Vital statistics of India. Vol. VI, European troops 1870-79
Year: 1870
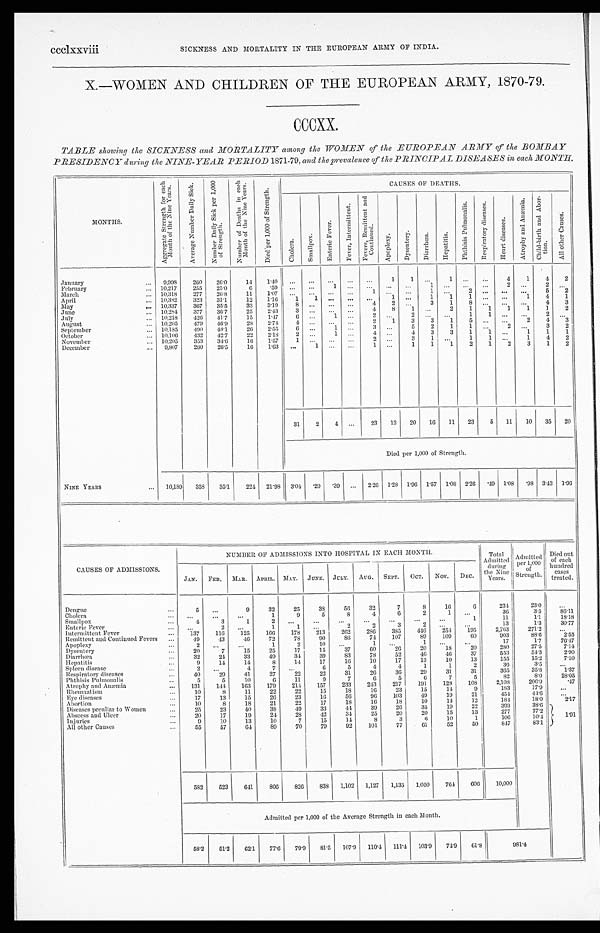
ccclxxviii
SICKNESS AND MORTALITY IN THE EUROPEAN ARMY OF INDIA.
X.—WOMEN AND CHILDREN OF THE EUROPEAN ARMY, 1870-79.
CCCXX.
TABLE showing the SICKNESS and MORTALITY among the WOMEN of the EUROPEAN ARMY of the BOMBAY
PRESIDENCY during the NINE-YEAR PERIOD 1871-79, and the prevalence of the PRINCIPAL DISEASES in each MONTH.
MONTHS.
A g g r e g a t e S t r e n g t h f o r e a c h
M o n t h o f t h e N i n e Y e a r s .
A v e r a g e N u m b e r D a i l y S i c k .
N u m b e r D a i l y S i c k p e r 1 , 0 0 0
o f S t r e n g t h .
N u m b e r o f D e a t h s i n e a c h
M o n t h o f t h e N i n e Y e a r s .
D i e d p e r 1 , 0 0 0 o f S t r e n g t h .
CAUSES OF DEATHS.
C h o l e r a .
S m a l l p o x .
E n t e r i c F e v e r .
F e v e r , I n t e r m i t t e n t .
F e v e r s , R e m i t t e n t a n d
C o n t i n u e d .
A p o p l e x y .
D y s e n t e r y .
D i a r r h œ a .
H e p a t i t i s .
P h t h i s i s P u l m o n a l i s . R e s p i r a t o r y d i s e a s e s .
H e a r t d i s e a s e s .
A t r o p h y a n d A n æ m i a .
C h i l d - b i r t h a n d A b o r -
t i o n .
A l l o t h e r C a u s e s .
January
... 9,998 260
26.0
1 4
1 . 4 0
. . .
. . .
. . . . . . . . .
1
1
. . . 1
. . .
. . .
4
1
4
2
February
... 10,217
255
25.0
6
. 5 9
. . .
. . .
1 . . . . . .
...
. . . 1 ...
. . .
. . .
2
. . . 2 ...
March
... 10,318 277
26.8
11
1.07 ...
. . .
. . .
...
1 ... ...
1
. . .
2
. . .
. . .
. . . 5
2
April
... 10,382
323
31.1
12
1.16
1
1
. . . . . . ...
1 . . .
1
1
1
. . .
. . . 1
4
1
May
... 10,337
367
35.5
33
3.19
8 . . .
. . . . . .
4
2
. . . 3
1
8 ... ... ...
4
3
June
... 10,284 377
36.7
25
2.43
3 . . . ...
. . .
4
8
1
. . . 2
1
1
1
1
1
2
July
... 10,218
426 41.7
15
1.47
6 ...
1
. . .
2
. . . 2
. . .
. . . 1
1 ...
. . . 2
. . .
August
. . . 10,205
479 46.9
28
2.74
4
. . . ...
. . .
2
1
3
3
1
5
. . . ...
2 4
3
September
... 10,185
490 48.1
26
2.55
6
. . .
1
. . .
3
. . . 5
2
1
1
. . . 2
. . . 3
2
October
... 10,106
432 42.7
22
2.18
2
. . .
1
. . .
4
. . . 4
3
3
1
1 ...
1
1
1
November
... 10,205
353
34.6
16
1.57
1
. . .
. . . . . .
2
. . . 3
1
. . . 1
1 ... 1
4
2
December
... 9,807
260
26.5
16 1.63 ...
1
. . . . . .
1
. . .
1
1
1
2
1
2
3
1
2
31
2
4 ...
23 13 20 16 11 23
5 11 10 35 20
Died per 1,000 of Strength.
NINE YEARS
... 10,189 358 35.1
224 21.98 3.04 .20 .39 ... 2.26 1.28 1.96 1.57 1.08 2.26 .49 1.08 .98 3.43 1. 96
CAUSES OF ADMISSIONS.
NUMBER OF ADMISSIONS INTO HOSPITAL IN EACH MONTH.
Total
Admitted
during
the Nine
Years.
Admitted
per 1,000
o fS
t r e n g t h .
Died out
of each
hundred
cases
treated.
JAN. FEB. MAR. APRIL. MAY. JUNE. JULY. AUG. SEPT. OCT. NOV. DEC.
Dengue
. . .
5
...
9
32
25
38
56
32
7
8
16
6
234
23.0
...
Cholera
... ...
...
...
1
9
5
8
4
6
2
1
. . .
36
3.5
86.11
Smallpox
. . .
4
3
1
2
. . . ...
...
...
...
...
...
1
11
1.1
18.18
Enteric Fever
. . . ...
2
. . .
1
1
. . .
2
2
3
2
. . .
...
13
1.3
30.77
Intermittent Fever
. . .
137
116 125
166
178
213
262
286 385
446
254 195
2,763
271.2
...
Remittent and Continued Fevers ...
49
43
4 6
72
78
90
86
74
107
89
109
60
903
88.6
2.55
Apoplexy
...
2
... ...
1
2
10 ...
1
. . .
1 ...
...
17
1.7
76.47
Dysentery
. . .
20
7
15
25
17
15
37
60
26
20
18
20
280
27.5
7.14
Diarrhœa
. . .
32
24
3 3 49
34
39
83
78
52
46
46
37
553
54.3
2.90
He p a t i t i s
. . .
9
14
14
8
14
17
16
10
17
13
10
13
155
15.2
7.10
Spleen disease
...
2
...
4
7
. . .
6
5
4
4
1
1
2
36
3.5
...
Respiratory diseases
...
40 29
41
27
22
22
31
26
36
29
31
31
365
35.8
1.37
Phthisis Pulmonalis
. . .
5
5
10
6
11
9
7
6
5
6
7
5
82
8.0
28.05
Atrophy and Anæmia
... 131
144 163
179
214 157
233
243
217
191
128
108
2,108
206.9
.47
Rheumatism
. . .
10
8 11
22
22
15
18
16
23
15
14
9
183
17.9
...
Eye diseases
. . .
17
13
15
26
23
16
56
9 6 103
49
19
21
454
44.6
...
Abortion
...
10 8
18
21
22
17
18
16
18
10
14
12
184
18.0
2.17
Diseases peculiar to Women
. . .
25 23
40
38
49
33
44
39
26
35
19
22
393
38.6
1.91
Abscess and Ulcer
. . .
20 17
19
24
28
42
34
25
20
20
15
13
277
27.2
Injuries
...
9
10
13
10
7
15
14
8
3
6
10
1
106
10.4
All other Causes
. . .
55
57
64
8 9
70
79
92
101
77
61
52
50
847
83.1
582 523
641
806
826
838 1,102 1,127 1,135 1,050
764
606
10,000
Admitted per 1,000 of the Average Strength in each Month.
58.2
51.2 62.1 77.6 79.9 81.5 107.9 110.4 111.4
103.9
74.9 61.8
981.4